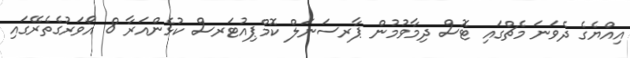
އިއްޔެގެ ދެވަނަ މެޗްގައި ޓޮސް ދިމާވުމުން ޕާރސަނަލް ކޮމްޕިއުޓަރސް ކުޅެންއަރާ 8 އޯވަރުގެތެރޭގައި